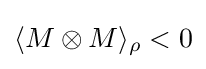
\langle M\otimes M\rangle _{\rho }<0